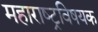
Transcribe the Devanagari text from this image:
महाराष्‍ट्रविषयक